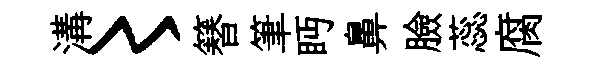
溝〻簮筆眄鼻臉蕊腐